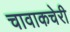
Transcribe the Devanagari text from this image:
चावाकचेरी